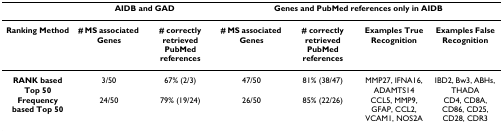
<table><thead><tr><td></td><td colspan="2"><b>AIDB and GAD</b></td><td colspan="4"><b>Genes and PubMed references only in AIDB</b></td></tr></thead><tbody><tr><td><b>Ranking Method</b></td><td><b># MS associated Genes</b></td><td><b># correctly retrieved PubMed references</b></td><td><b># MS associated Genes</b></td><td><b># correctly retrieved PubMed references</b></td><td><b>Examples True Recognition</b></td><td><b>Examples False Recognition</b></td></tr><tr><td><b>RANK based Top 50</b></td><td>3/50</td><td>67% (2/3)</td><td>47/50</td><td>81% (38/47)</td><td>MMP27, IFNA16, ADAMTS14</td><td>IBD2, Bw3, ABHs, THADA</td></tr><tr><td><b>Frequency based Top 50</b></td><td>24/50</td><td>79% (19/24)</td><td>26/50</td><td>85% (22/26)</td><td>CCL5, MMP9, GFAP, CCL2, VCAM1, NOS2A</td><td>CD4, CD8A, CD86, CD25, CD28, CDR3</td></tr></tbody></table>